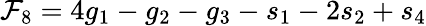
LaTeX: \mathcal{F}_{8}=4g_{1}-g_{2}-g_{3}-s_{1}-2s_{2}+s_{4}